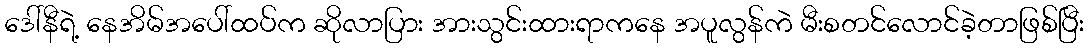
ဒေါ်နီရဲ့ နေအိမ်အပေါ်ထပ်က ဆိုလာပြား အားသွင်းထားရာကနေ အပူလွန်ကဲ မီးစတင်လောင်ခဲ့တာဖြစ်ပြီး